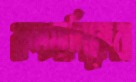
কলমালিকেরা